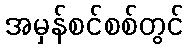
အမှန်စင်စစ်တွင်